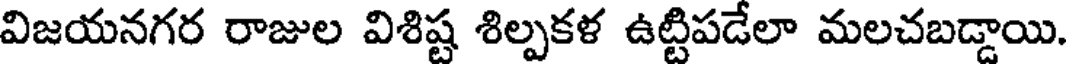
విజయనగర రాజుల విశిష్ట శిల్పకళ ఉట్టిపడేలా మలచబడ్డాయి.